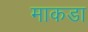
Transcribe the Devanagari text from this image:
माकडा